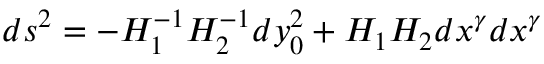
d s ^ { 2 } = - H _ { 1 } ^ { - 1 } H _ { 2 } ^ { - 1 } d y _ { 0 } ^ { 2 } + H _ { 1 } H _ { 2 } d x ^ { \gamma } d x ^ { \gamma }